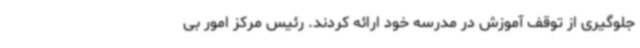
جلوگیری از توقف آموزش در مدرسه خود ارائه کردند. رئیس مرکز امور بی